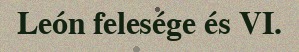
León felesége és VI.